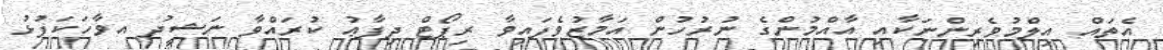
އެތައް އިލްމުވެރިންނަކާއި އާއްމުންގެ ނުރުހުން އަމާޒުވެފައިވާ ރިޕޯޓް ދިފާޢު ކުރައްވާ ނަޝީދު އވާހަކަފުޅު